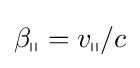
\beta _{\shortparallel }=v_{\shortparallel }/c